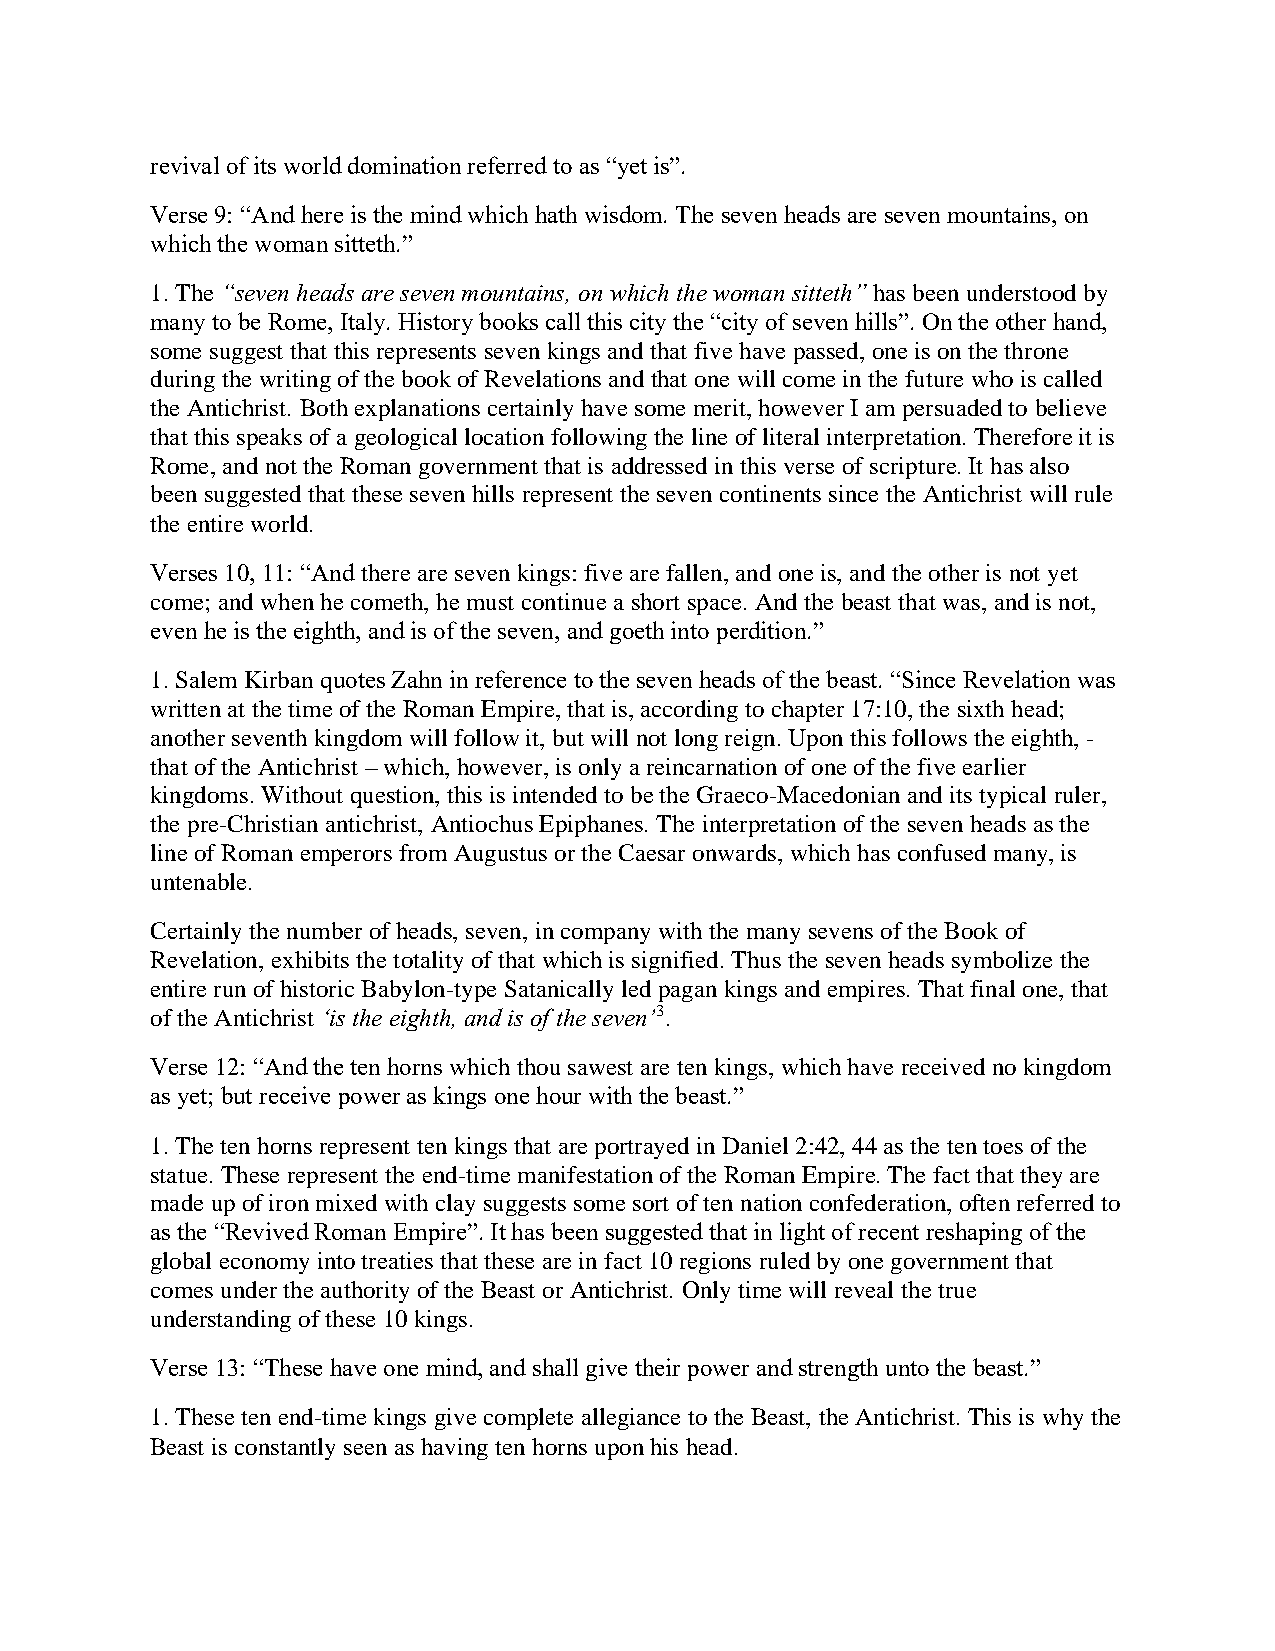
revival of its world domination referred to as “yet is”.
 Verse 9: “And here is the mind which hath wisdom. The seven heads are seven mountains, on
 which the woman sitteth.”
 1. The “seven heads are seven mountains, on which the woman sitteth” has been understood by
 many to be Rome, Italy. History books call this city the “city of seven hills”. On the other hand,
 some suggest that this represents seven kings and that five have passed, one is on the throne
 during the writing of the book of Revelations and that one will come in the future who is called
 the Antichrist. Both explanations certainly have some merit, however I am persuaded to believe
 that this speaks of a geological location following the line of literal interpretation. Therefore it is
 Rome, and not the Roman government that is addressed in this verse of scripture. It has also
 been suggested that these seven hills represent the seven continents since the Antichrist will rule
 the entire world.
 Verses 10, 11: “And there are seven kings: five are fallen, and one is, and the other is not yet
 come; and when he cometh, he must continue a short space. And the beast that was, and is not,
 even he is the eighth, and is of the seven, and goeth into perdition.”
 1. Salem Kirban quotes Zahn in reference to the seven heads of the beast. “Since Revelation was
 written at the time of the Roman Empire, that is, according to chapter 17:10, the sixth head;
 another seventh kingdom will follow it, but will not long reign. Upon this follows the eighth, -
 that of the Antichrist – which, however, is only a reincarnation of one of the five earlier
 kingdoms. Without question, this is intended to be the Graeco-Macedonian and its typical ruler,
 the pre-Christian antichrist, Antiochus Epiphanes. The interpretation of the seven heads as the
 line of Roman emperors from Augustus or the Caesar onwards, which has confused many, is
 untenable.
 Certainly the number of heads, seven, in company with the many sevens of the Book of
 Revelation, exhibits the totality of that which is signified. Thus the seven heads symbolize the
 entire run of historic Babylon-type Satanically led pagan kings and empires. That final one, that
 of the Antichrist ‘is the eighth, and is of the seven’3.
 Verse 12: “And the ten horns which thou sawest are ten kings, which have received no kingdom
 as yet; but receive power as kings one hour with the beast.”
 1. The ten horns represent ten kings that are portrayed in Daniel 2:42, 44 as the ten toes of the
 statue. These represent the end-time manifestation of the Roman Empire. The fact that they are
 made up of iron mixed with clay suggests some sort of ten nation confederation, often referred to
 as the “Revived Roman Empire”. It has been suggested that in light of recent reshaping of the
 global economy into treaties that these are in fact 10 regions ruled by one government that
 comes under the authority of the Beast or Antichrist. Only time will reveal the true
 understanding of these 10 kings.
 Verse 13: “These have one mind, and shall give their power and strength unto the beast.”
 1. These ten end-time kings give complete allegiance to the Beast, the Antichrist. This is why the
 Beast is constantly seen as having ten horns upon his head.